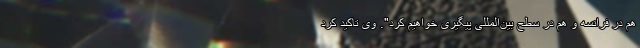
هم در فرانسه و هم در سطح بین‌المللی پیگیری خواهیم کرد". وی تاکید کرد